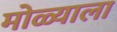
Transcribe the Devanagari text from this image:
मोळ्याला